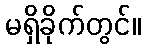
မရှိခိုက်တွင်။